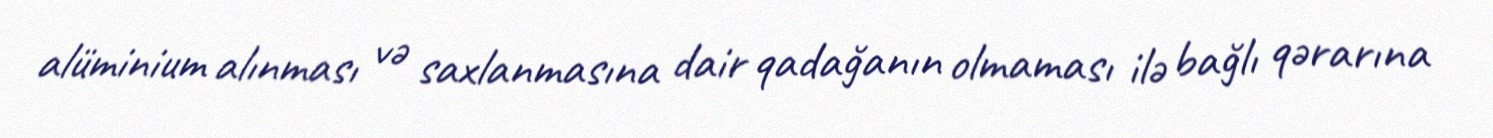
alüminium alınması və saxlanmasına dair qadağanın olmaması ilə bağlı qərarına